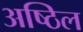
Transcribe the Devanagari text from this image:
अष्ठिल